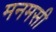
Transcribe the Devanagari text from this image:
मनमसी